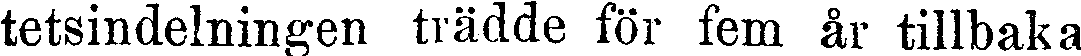
tetsindelningen trädde för fem år tillbaka